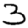
Digit: 3